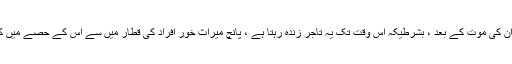
لیکن ان کی موت کے بعد ، بشرطیکہ اس وقت تک یہ تاجر زندہ رہتا ہے ، پانچ میراث خور افراد کی قطار میں سے اس کے حصے میں کیا آتا۔